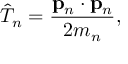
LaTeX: { \hat { T } } _ { n } = { \frac { \mathbf { p } _ { n } \cdot \mathbf { p } _ { n } } { 2 m _ { n } } } ,